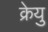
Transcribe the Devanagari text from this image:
क्रेयु